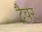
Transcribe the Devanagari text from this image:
ट्रैवर